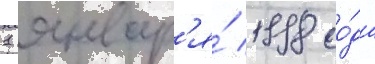
1 январ'я́ 1998 го́да